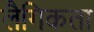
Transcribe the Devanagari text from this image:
लैगिकता